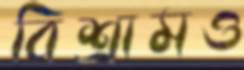
বিশ্রামও